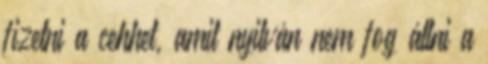
fizetni a cehhet, amit nyilván nem fog állni a